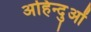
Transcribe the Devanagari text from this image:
अहिन्दुओं